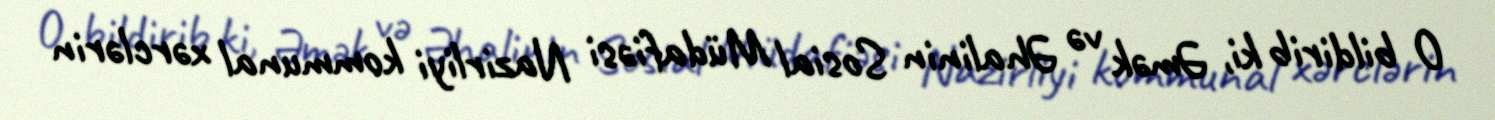
O bildirib ki, Əmək və Əhalinin Sosial Müdafiəsi Nazirliyi kommunal xərclərin